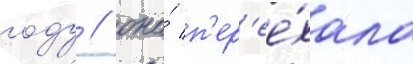
году / она́ п'ер'ее́хала